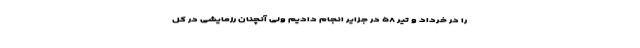
را در خرداد و تیر ۵۸ در جزایر انجام دادیم ولی آنچنان رزمایشی در کل